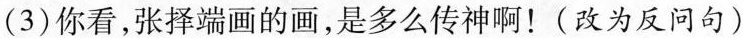
(3)你看，张择端画的画，是多么传神啊！(改为反问句)